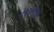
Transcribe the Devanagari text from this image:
ब्रह्मावधूत